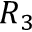
R _ { 3 }